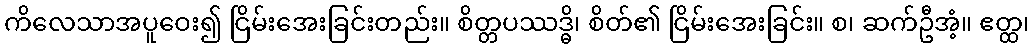
ကိလေသာအပူဝေး၍ ငြိမ်းအေးခြင်းတည်း။ စိတ္တပဿဒ္ဓိ၊ စိတ်၏ ငြိမ်းအေးခြင်း။ စ၊ ဆက်ဦအံ့။ ဧတ္ထ၊